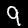
Digit: 9